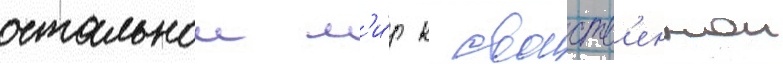
остальнои м'и́р к своиств'еннои